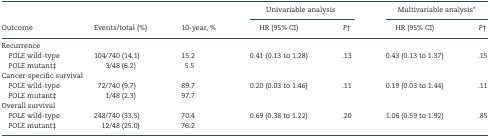
<table><thead><tr><td rowspan="2"><b>Outcome</b></td><td rowspan="2"><b>Events/total (%)</b></td><td rowspan="2"><b>10-year, %</b></td><td colspan="2"><b>Univariable analysis</b></td><td colspan="2"><b>Multivariable analysis*</b></td></tr><tr><td><b>HR (95% CI)</b></td><td><b><i>P</i><sup>†</sup></b></td><td><b>HR (95% CI)</b></td><td><b><i>P</i><sup>†</sup></b></td></tr></thead><tbody><tr><td colspan="7">Recurrence</td></tr><tr><td> <i>POLE</i> wild-type</td><td>104/740 (14.1)</td><td>15.2</td><td rowspan="2">0.41 (0.13 to 1.28)</td><td rowspan="2">.13</td><td rowspan="2">0.43 (0.13 to 1.37)</td><td rowspan="2">.15</td></tr><tr><td> <i>POLE</i> mutant<sup>‡</sup></td><td>3/48 (6.2)</td><td> 5.5</td></tr><tr><td colspan="7">Cancer-specific survival</td></tr><tr><td> <i>POLE</i> wild-type</td><td>72/740 (9.7)</td><td>89.7</td><td rowspan="2">0.20 (0.03 to 1.46)</td><td rowspan="2">.11</td><td rowspan="2">0.19 (0.03 to 1.44)</td><td rowspan="2">.11</td></tr><tr><td> <i>POLE</i> mutant<sup>‡</sup></td><td>1/48 (2.3)</td><td>97.7</td></tr><tr><td colspan="7">Overall survival</td></tr><tr><td> <i>POLE</i> wild-type</td><td>248/740 (33.5)</td><td>70.4</td><td rowspan="2">0.69 (0.38 to 1.22)</td><td rowspan="2">.20</td><td rowspan="2">1.06 (0.59 to 1.92)</td><td rowspan="2">.85</td></tr><tr><td> <i>POLE</i> mutant<sup>‡</sup></td><td>12/48 (25.0)</td><td>76.2</td></tr></tbody></table>